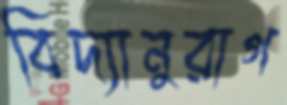
বিদ্যানুরাগ